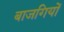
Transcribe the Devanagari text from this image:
बाजगियों